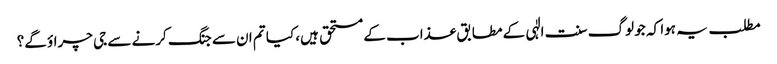
مطلب یہ ہوا کہ جو لوگ سنت الٰہی کے مطابق عذاب کے مستحق ہیں، کیا تم ان سے جنگ کرنے سے جی چراؤ گے؟